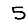
Digit: 5